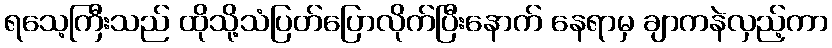
ရသေ့ကြီးသည် ထိုသို့သံပြတ်ပြောလိုက်ပြီးနောက် နေရာမှ ချာကနဲလှည့်ကာ